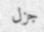
جزل